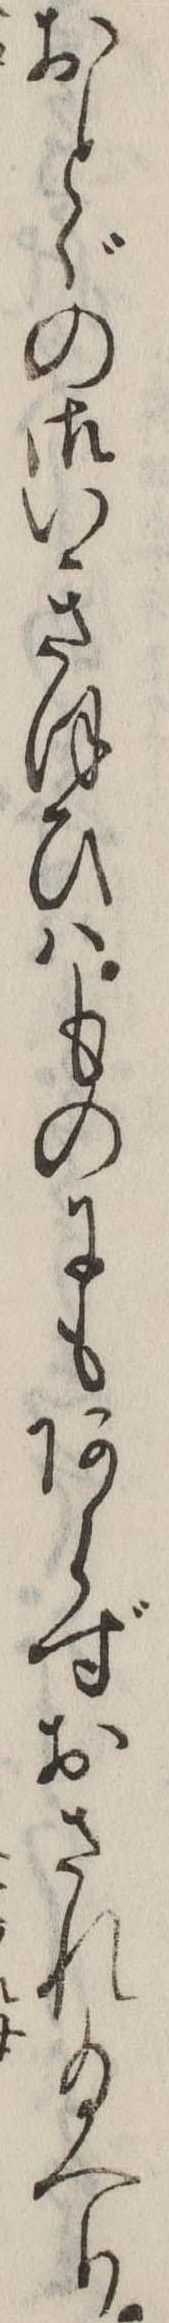
おとゞの御いきほひはものにもあらずおされ給へり